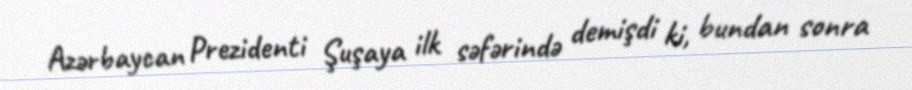
Azərbaycan Prezidenti Şuşaya ilk səfərində demişdi ki, bundan sonra